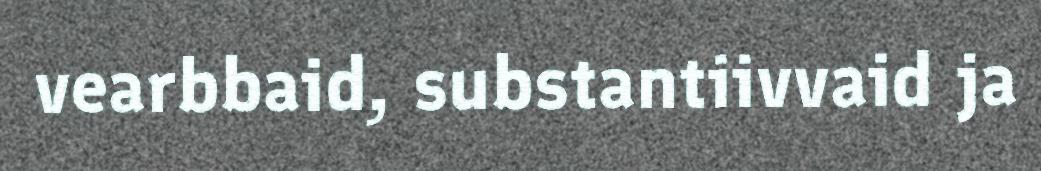
vearbbaid, substantiivvaid ja